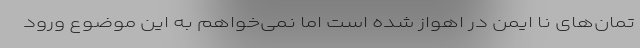
تمان‌های نا ایمن در اهواز شده است اما نمی‌خواهم به این موضوع ورود